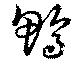
鴨